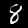
Digit: 8